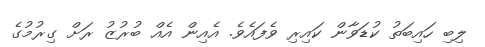
ލިބި ހައިބަތު ކުޑަވާން ކައިރި ވެފައެވެ. އެއިން އެއް ބުރުޒު ރަށް ގިރުމުގެ